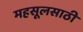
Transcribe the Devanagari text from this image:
महसूलसाठी